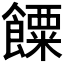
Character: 𩞸